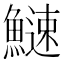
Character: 䲇